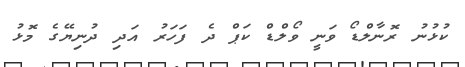
ކުޅުނު ރޮނާލްޑޯ ވަނީ ވޯލްޑް ކަޕް ދެ ފަހަރު އަދި ދުނިޔޭގެ މޮޅު